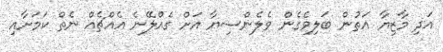
އަދި މާޒިޔާ އަތުން ބަލިވެގެން ވެލެންސިޔާ އަށް ގެއްލޭނެ އެއްޗެއް ނެތް ކަމަށާއި